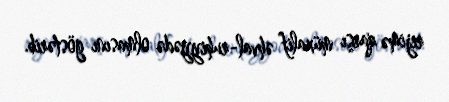
rejimə qarşı müxalif əhval-ruhiyyədə olmasını göstərib.